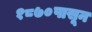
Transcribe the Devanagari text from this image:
१८७०पासून